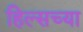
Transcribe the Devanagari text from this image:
हिल्सच्या